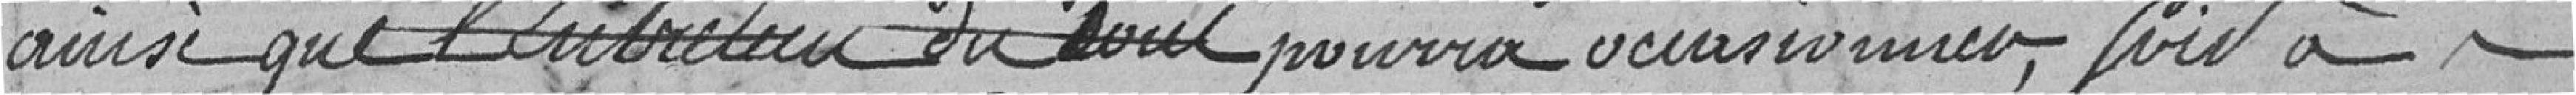
ainsi que l'entretien du tout pourra occasionner soit à